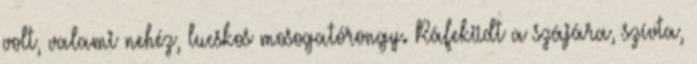
volt, valami nehéz, lucskos mosogatórongy. Ráfeküdt a szájára, szívta,